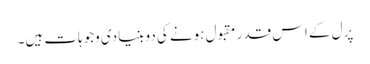
پرل کے اس قدر مقبول ہونے کی دو بنیادی وجوہات ہیں۔